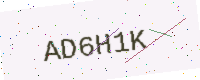
Text: AD6H1K